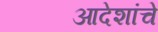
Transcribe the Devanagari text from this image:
आदेशांचे